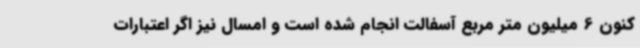
کنون 6 میلیون متر مربع آسفالت انجام شده است و امسال نیز اگر اعتبارات